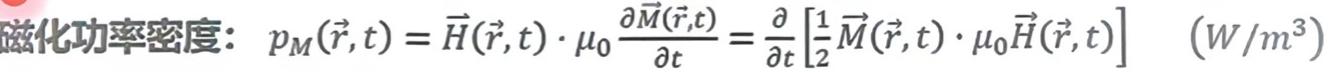
磁化功率密度: $p_M(\vec{r},t) = \vec{H}(\vec{r},t) \cdot \mu_0\frac{\partial\vec{M}(\vec{r},t)}{\partial t} = \frac{\partial}{\partial t}\left[\frac{1}{2}\vec{M}(\vec{r},t) \cdot \mu_0\vec{H}(\vec{r},t)\right] \ \ (W/m^3)$